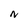
Character: N